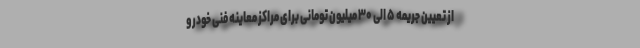
از تعیین جریمه ۵ الی ۳۰ میلیون تومانی برای مراکز معاینه فنی خودرو